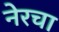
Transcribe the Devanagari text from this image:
नेरचा